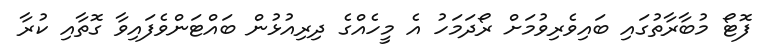
ފޮޓޯ މުބާރާތުގައި ބައިވެރިވުމަށް ރޯދަމަހު އެ މީހެއްގެ ދިރިއުޅުން ބައްޓަންވެފައިވާ ގޮތާއި ކުރާ